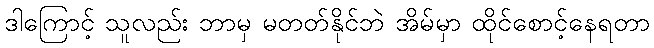
ဒါကြောင့် သူလည်း ဘာမှ မတတ်နိုင်ဘဲ အိမ်မှာ ထိုင်စောင့်နေရတာ